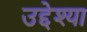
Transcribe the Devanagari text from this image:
उद्देश्या